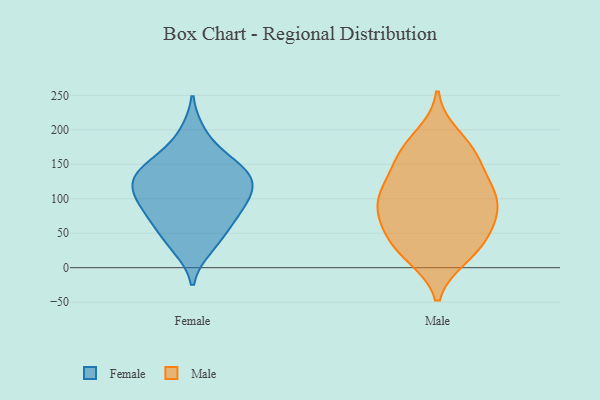
{"axis": {"x": "Shipments", "y": "Value"}, "legend": ["Female", "Male"], "data": [{"x": "", "y": 137, "type": "Female"}, {"x": "", "y": 132, "type": "Female"}, {"x": "", "y": 147, "type": "Female"}, {"x": "", "y": 110, "type": "Female"}, {"x": "", "y": 64, "type": "Female"}, {"x": "", "y": 193, "type": "Female"}, {"x": "", "y": 156, "type": "Female"}, {"x": "", "y": 77, "type": "Female"}, {"x": "", "y": 31, "type": "Female"}, {"x": "", "y": 115, "type": "Female"}, {"x": "", "y": 90, "type": "Female"}, {"x": "", "y": 128, "type": "Female"}, {"x": "", "y": 92, "type": "Female"}, {"x": "", "y": 41, "type": "Female"}, {"x": "", "y": 101, "type": "Male"}, {"x": "", "y": 167, "type": "Male"}, {"x": "", "y": 163, "type": "Male"}, {"x": "", "y": 24, "type": "Male"}, {"x": "", "y": 96, "type": "Male"}, {"x": "", "y": 168, "type": "Male"}, {"x": "", "y": 113, "type": "Male"}, {"x": "", "y": 104, "type": "Male"}, {"x": "", "y": 17, "type": "Male"}, {"x": "", "y": 191, "type": "Male"}, {"x": "", "y": 117, "type": "Male"}, {"x": "", "y": 81, "type": "Male"}, {"x": "", "y": 74, "type": "Male"}, {"x": "", "y": 53, "type": "Male"}, {"x": "", "y": 44, "type": "Male"}, {"x": "", "y": 141, "type": "Male"}, {"x": "", "y": 63, "type": "Male"}, {"x": "", "y": 21, "type": "Male"}]}